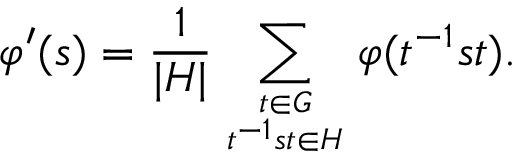
\varphi ^ { \prime } ( s ) = { \frac { 1 } { | H | } } \sum _ { t \in G \atop t ^ { - 1 } s t \in H } ^ { } \varphi ( t ^ { - 1 } s t ) .